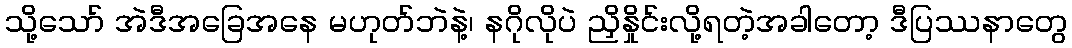
သို့သော် အဲဒီအခြေအနေ မဟုတ်ဘဲနဲ့၊ နဂိုလိုပဲ ညှိနှိုင်းလို့ရတဲ့အခါတော့ ဒီပြဿနာတွေ